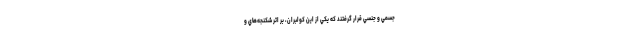
جسمي و جنسي قرار گرفتند كه يكي از اين كولبران، بر اثر شكنجه‌هاي و